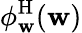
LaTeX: \phi_{\mathbf{w}}^{\mathrm{H}}(\mathbf{w})